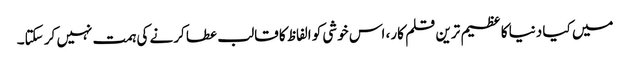
میں کیا دنیا کا عظیم ترین قلم کار، اس خوشی کو الفاظ کا قالب عطا کرنے کی ہمت نہیں کر سکتا۔